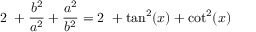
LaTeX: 2 \ + { \frac { b ^ { 2 } } { a ^ { 2 } } } + { \frac { a ^ { 2 } } { b ^ { 2 } } } = 2 \ + \tan ^ { 2 } ( x ) + \cot ^ { 2 } ( x )